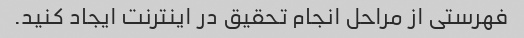
فهرستی از مراحل انجام تحقیق در اینترنت ایجاد کنید.